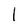
Character: l